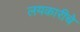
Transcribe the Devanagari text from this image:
लयकारीचे